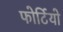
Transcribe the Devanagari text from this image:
फोर्टियो